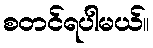
စတင်ရပါမယ်။